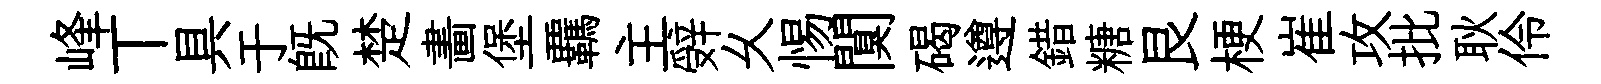
峰丅具于既楚畵堡覊主辤乆惕闃碣遵錯糖艮梗崔攻批耿伶